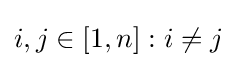
i,j\in [1,n]:i\neq j